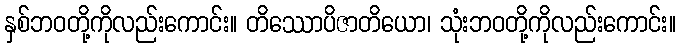
နှစ်ဘဝတို့ကိုလည်းကောင်း။ တိဿောပိဇာတိယော၊ သုံးဘဝတို့ကိုလည်းကောင်း။